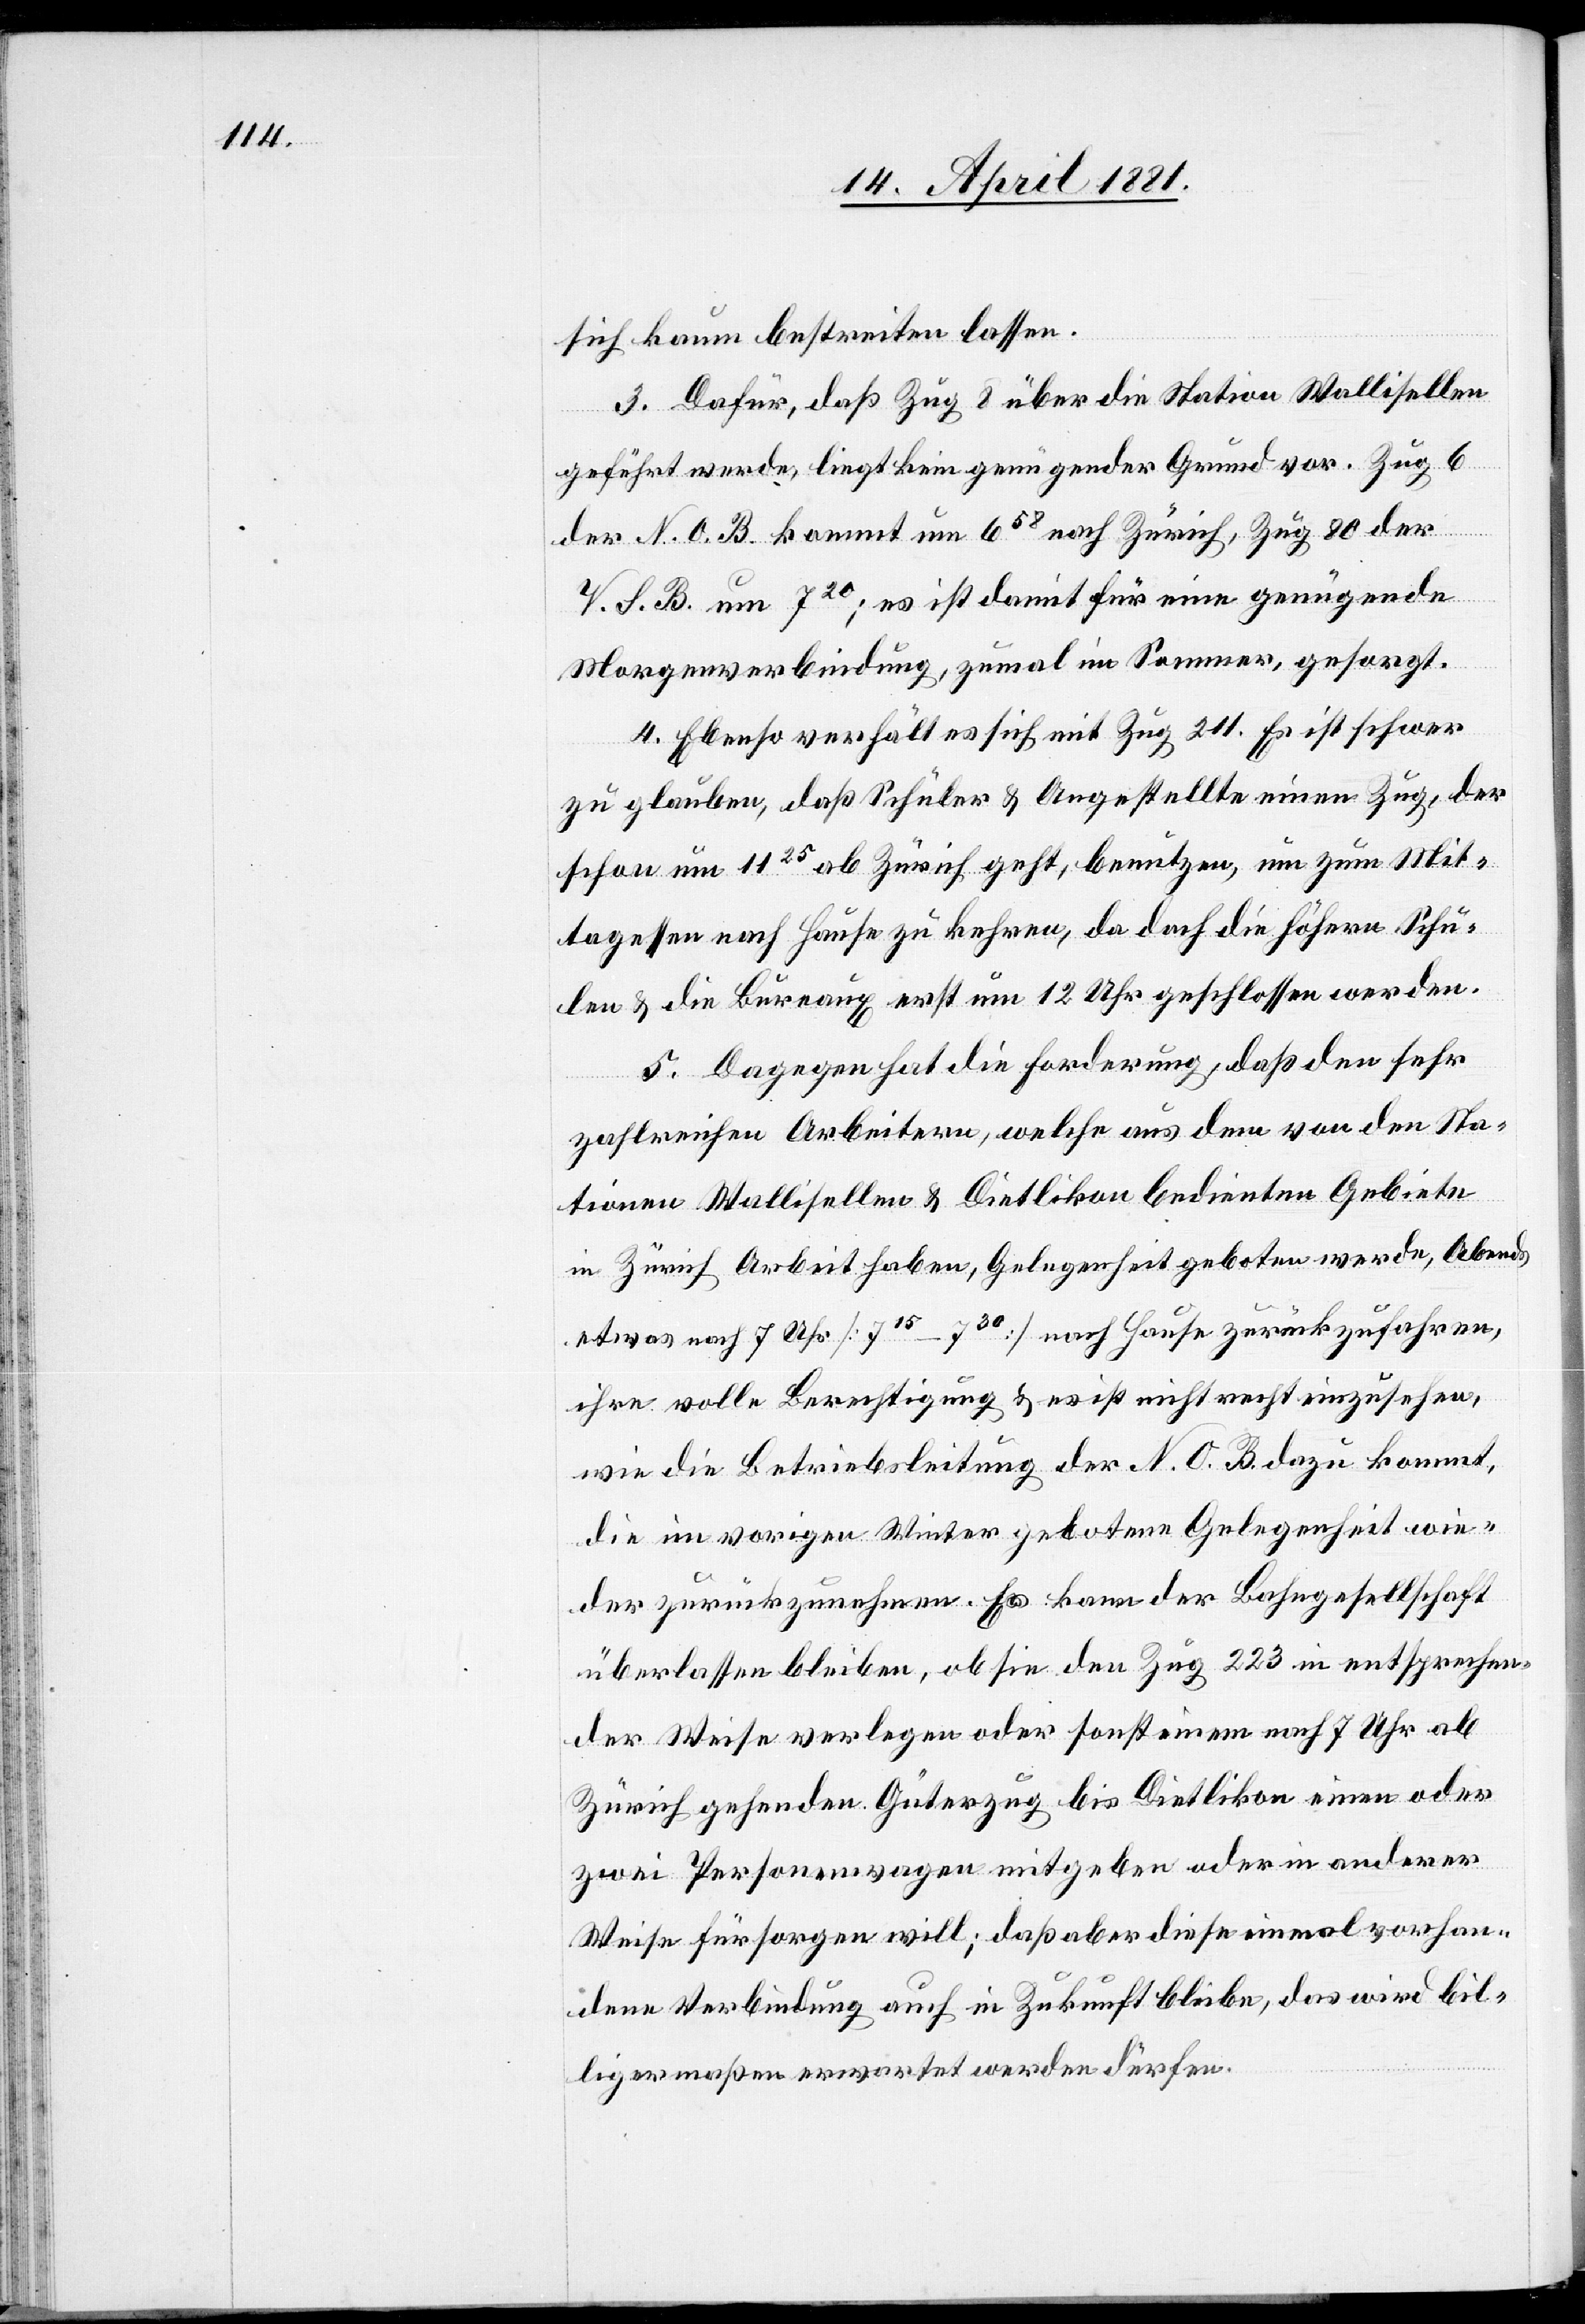
sich kaum bestreiten lassen.
3. Dafür, daß Zug 8 über die Station Wallisellen
geführt wurde, liegt kein genügender Grund vor. Zug 6
der N. O. B. kommt um 658 nach Zürich, Zug 80 der
V. S. B. um 720; es ist damit für eine genügende
Morgenverbindung, zumal im Sommer, gesorgt.
4. Ebenso verhält es sich mit Zug 211. Es ist schwer
zu glauben, daß Schüler & Angestellte einen Zug, der
schon um 1125 ab Zürich geht, benutzen, um zum Mit¬
tagessen nach Hause zu kehren, da doch die höhern Schu¬
len & die Bureaux erst um 12 Uhr geschlossen werden.
5. Dagegen hat die Forderung, daß den sehr
zahlreichen Arbeitern, welche aus dem von den Sta¬
tionen Wallisellen & Dietlikon bedienten Gebieten
in Zürich Arbeit haben, Gelegenheit geboten werde, Abends
etwas nach 7 Uhr [715–730] nach Hause zurückzufahren,
ihre volle Berechtigung & es ist nicht recht einzusehen,
wie die Betriebsleitung der N. O. B. dazu kommt,
die im vorigen Winter gebotene Gelegenheit wie¬
der zurückzunehmen. Es kann der Bahngesellschaft
überlassen bleiben, ob sie den Zug 223 in entsprechen¬
der Weise verlegen oder sonst einem nach 7 Uhr ab
Zürich gehender Güterzug bis Dietlikon einen oder
zwei Personenwagen mitgeben oder in anderer
Weise fürsorgen will; daß aber diese einmal vorhan¬
dene Verbindung auch in Zukunft bleibe, das wird bil¬
ligermaßen erwartet werden dürfen.